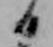
日